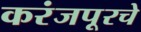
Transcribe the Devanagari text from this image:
करंजपूरचे